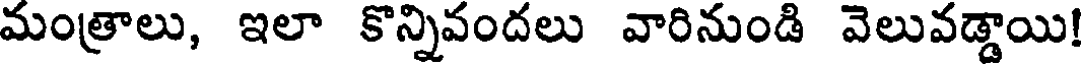
మంత్రాలు, ఇలా కొన్నివందలు వారినుండి వెలువడ్డాయి!